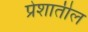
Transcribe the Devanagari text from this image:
प्रेशातील